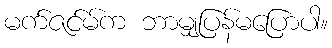
မက်ဇင်မ်က ဘာမျှပြန်မပြောပါ။